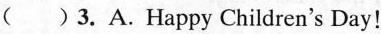
( )3.A.Happy Children's Day!